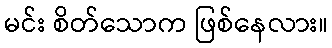
မင်း စိတ်သောက ဖြစ်နေလား။